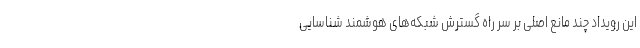
این رویداد چند مانع اصلی بر سر راه گسترش شبکه‌های هوشمند شناسایی